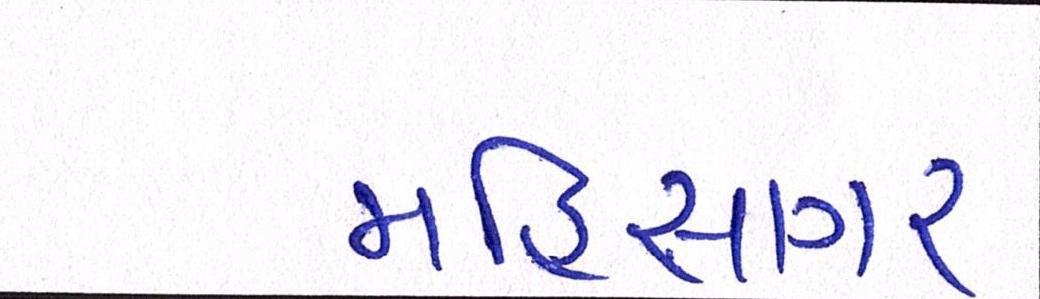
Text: મહિસાગર